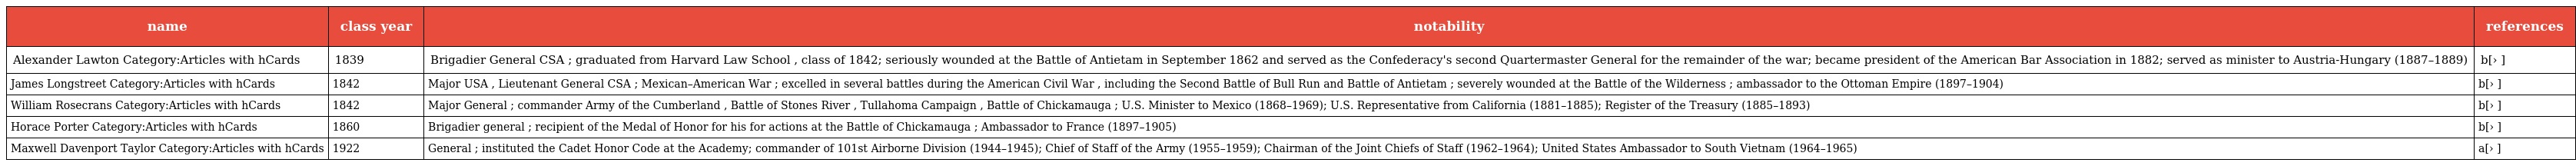
| name | class year | notability | references |
 | --- | --- | --- | --- |
 | Alexander Lawton Category:Articles with hCards | 1839 | Brigadier General CSA ; graduated from Harvard Law School , class of 1842; seriously wounded at the Battle of Antietam in September 1862 and served as the Confederacy's second Quartermaster General for the remainder of the war; became president of the American Bar Association in 1882; served as minister to Austria-Hungary (1887–1889) | b[› ] |
 | James Longstreet Category:Articles with hCards | 1842 | Major USA , Lieutenant General CSA ; Mexican–American War ; excelled in several battles during the American Civil War , including the Second Battle of Bull Run and Battle of Antietam ; severely wounded at the Battle of the Wilderness ; ambassador to the Ottoman Empire (1897–1904) | b[› ] |
 | William Rosecrans Category:Articles with hCards | 1842 | Major General ; commander Army of the Cumberland , Battle of Stones River , Tullahoma Campaign , Battle of Chickamauga ; U.S. Minister to Mexico (1868–1969); U.S. Representative from California (1881–1885); Register of the Treasury (1885–1893) | b[› ] |
 | Horace Porter Category:Articles with hCards | 1860 | Brigadier general ; recipient of the Medal of Honor for his for actions at the Battle of Chickamauga ; Ambassador to France (1897–1905) | b[› ] |
 | Maxwell Davenport Taylor Category:Articles with hCards | 1922 | General ; instituted the Cadet Honor Code at the Academy; commander of 101st Airborne Division (1944–1945); Chief of Staff of the Army (1955–1959); Chairman of the Joint Chiefs of Staff (1962–1964); United States Ambassador to South Vietnam (1964–1965) | a[› ] |